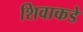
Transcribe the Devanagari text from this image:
शिवाकडे